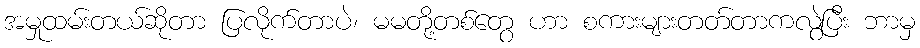
အမှုထမ်းတယ်ဆိုတာ ပြလိုက်တာပဲ၊ မမတို့တစ်တွေ ဟာ စကားများတတ်တာကလွဲပြီး ဘာမှ